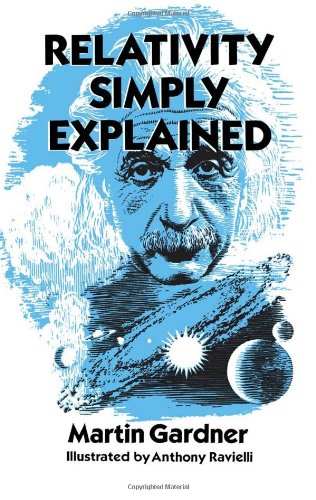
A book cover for Relativity Simply Explained (Dover Classics of Science & Mathematics); Martin Gardner; Science & Math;